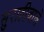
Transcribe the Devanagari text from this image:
सुराहीवाले